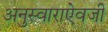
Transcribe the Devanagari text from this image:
अनुस्वाराऐवजी